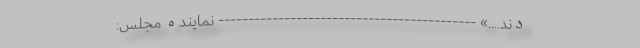
دند....» ------------------------------------------- نماینده مجلس: